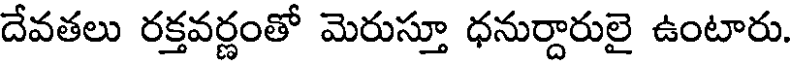
దేవతలు రక్తవర్ణంతో మెరుస్తూ ధనుర్దారులై ఉంటారు.